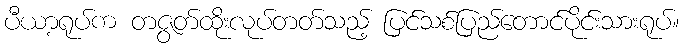
ပီယာ့ရုပ်က တဇွတ်ထိုးလုပ်တတ်သည့် ပြင်သစ်ပြည်တောင်ပိုင်းသားရုပ်။